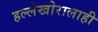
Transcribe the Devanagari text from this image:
हल्लेखोरालाही